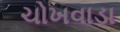
ચોખવાડા